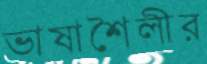
ভাষাশৈলীর